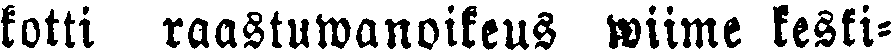
kotti raastuwanoikeus wiime keski-